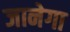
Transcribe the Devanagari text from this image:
जानेगा